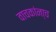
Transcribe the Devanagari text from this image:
वाचकांना्च